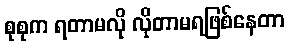
စုစုက ရတာမလို လိုတာမရဖြစ်နေတာ